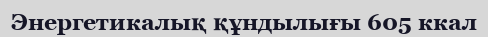
Энергетикалық құндылығы 605 ккал